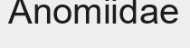
Anomiidae